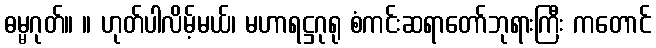
ဓမ္မဂုတ်။ ။ ဟုတ်ပါလိမ့်မယ်၊ မဟာရဋ္ဌဂုရု စံကင်းဆရာတော်ဘုရားကြီး ကတောင်